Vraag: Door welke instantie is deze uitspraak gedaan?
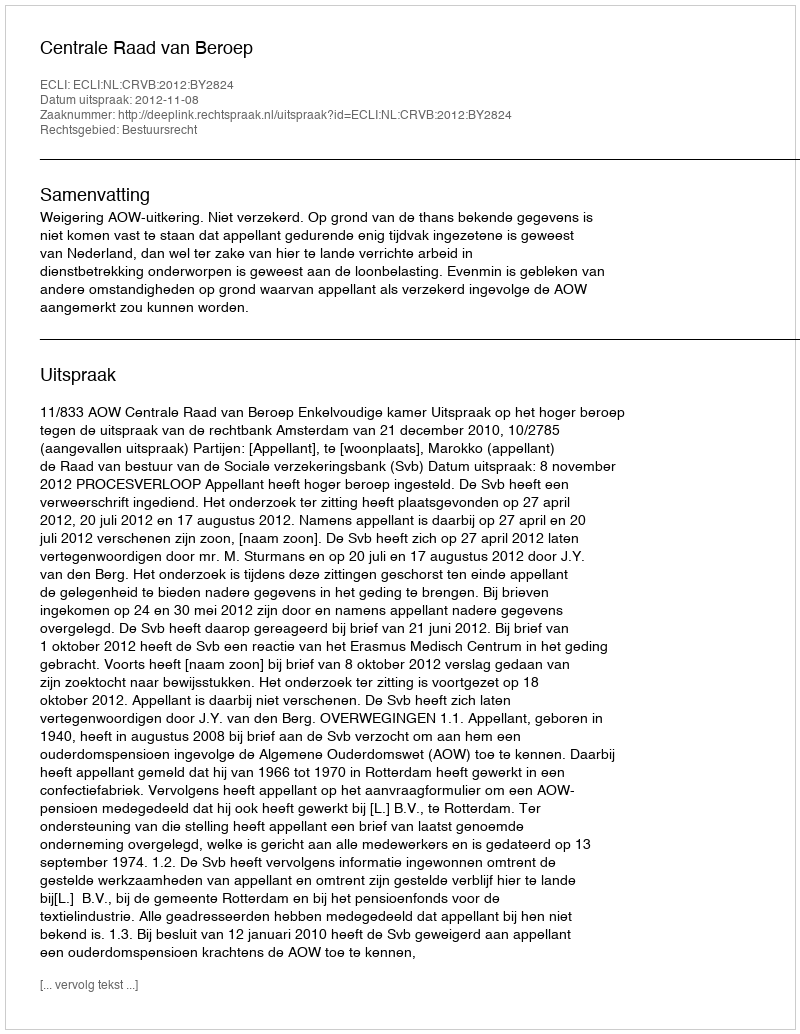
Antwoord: Centrale Raad van Beroep